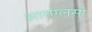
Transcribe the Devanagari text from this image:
आरएलसी